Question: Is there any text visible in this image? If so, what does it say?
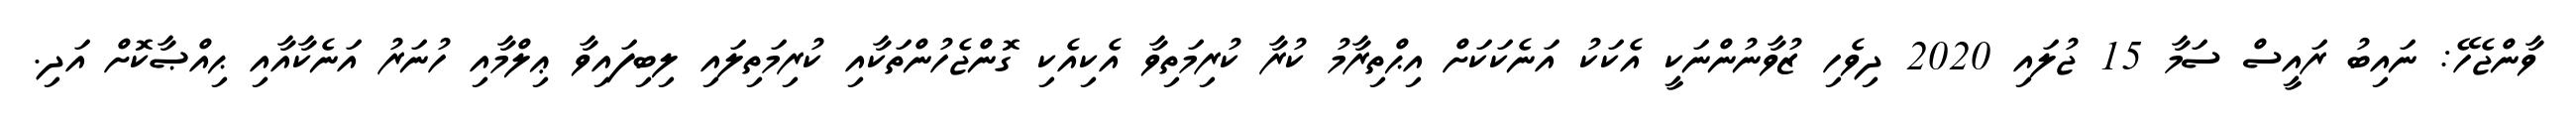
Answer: ވާންޖެހޭ: ނައިބު ރައީސް ސަމާ 15 ޖުލައި 2020 ދިވެހި ޒުވާނުންނަކީ އެކަކު އަނެކަކަށް އިޙްތިރާމު ކުރާ ކުރިމަތިވާ އެކިއެކި ގޮންޖެހުންތަކާއި ކުރިމަތިލައި ލިބިފައިވާ ޢިލްމާއި ހުނަރު އަނެކާއާއި ޙިއްޞާކޮށް އަދި.